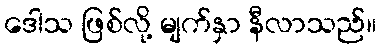
ဒေါသ ဖြစ်လို့ မျက်နှာ နီလာသည်။